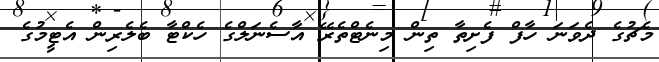
މެޗުގެ ދެވަނަ ހާފް ފެށިތާ ތިން މިނެޓްތެރޭ އާސެނަލްގެ ހެކްޓާ ބެލެރިން އެޓީމުގެ